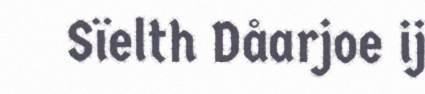
Sïelth Dåarjoe ij